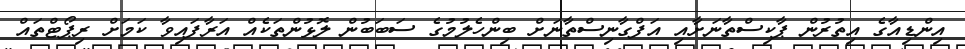
އިންޑިއާގެ އިތުރުން ޕާކިސްތާނަށާއި އަފްގާނިސްތާނަށް ބިންހެލުމުގެ ސަބަބުން ލޮޅުންތަކެއް އަރާފައިވާ ކަމަށް ރިޕޯޓްތައް